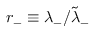
r _ { - } \equiv \lambda _ { - } / \tilde { \lambda } _ { - }